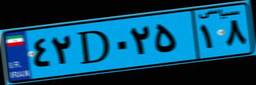
۴۲D۰۲۵۱۸